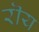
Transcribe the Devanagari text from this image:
रॊय